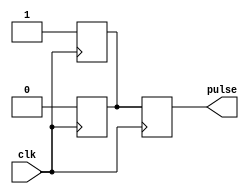
module RisingEdgePulseGenerator (
    input wire clk,
    output reg pulse
);

reg pulse_sync;

always @(posedge clk) begin
    pulse_sync <= 1;
end

always @(posedge clk) begin
    pulse <= pulse_sync;
    pulse_sync <= 0;
end

endmodule